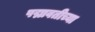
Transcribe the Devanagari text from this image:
पद्मावतीच्या